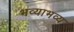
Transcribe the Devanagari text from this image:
भव्याभव्य